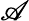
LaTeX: \mathscr{A}